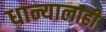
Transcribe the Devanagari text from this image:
धान्यालाही